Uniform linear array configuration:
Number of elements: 24
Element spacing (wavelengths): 0.25
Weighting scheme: cosine
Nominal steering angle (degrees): -15
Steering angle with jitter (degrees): -16.329
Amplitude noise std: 0.05
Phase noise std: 0.05

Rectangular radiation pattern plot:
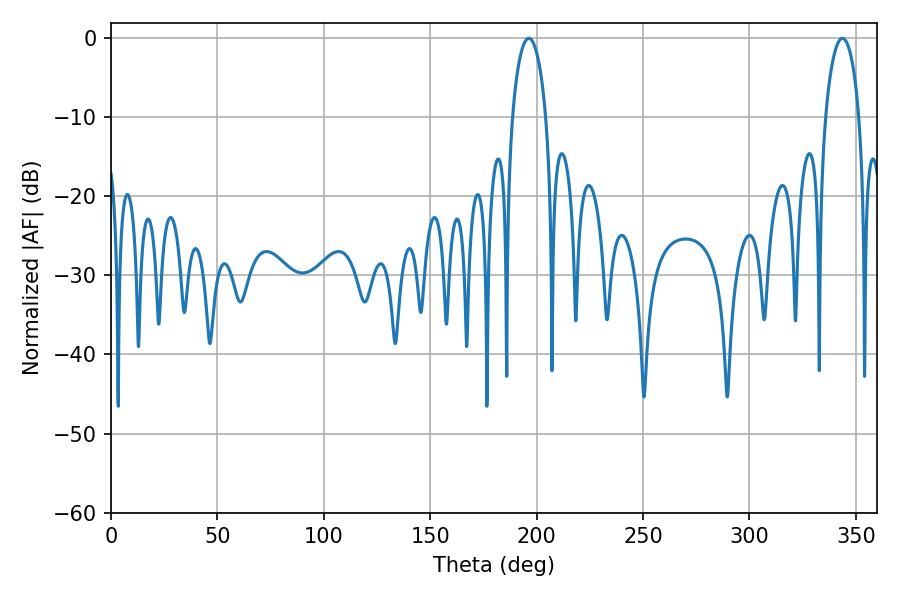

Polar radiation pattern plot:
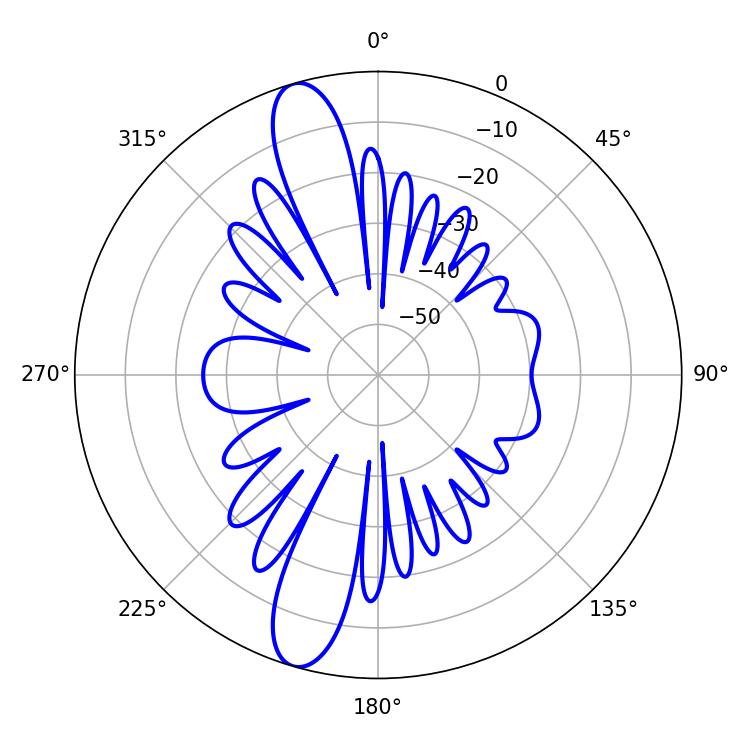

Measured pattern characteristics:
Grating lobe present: FALSE
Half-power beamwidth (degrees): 9
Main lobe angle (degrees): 196.38